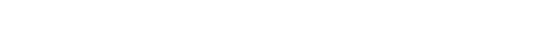
ကိလေသဖါသုကာ၊ ကိလေသာဟူသော အခြင်နံရိုးတို့ကို။ မယာ၊ ငါသည်။ ဘဂ္ဂါ၊